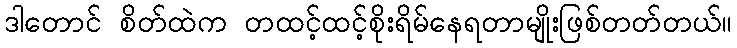
ဒါတောင် စိတ်ထဲက တထင့်ထင့်စိုးရိမ်နေရတာမျိုးဖြစ်တတ်တယ်။